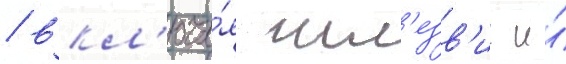
/ вкл'юча́я шл'езв'иг и́